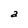
Character: a